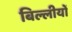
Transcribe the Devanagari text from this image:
बिल्लीयों